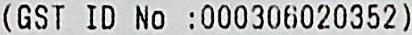
(GST ID NO :000306020352)